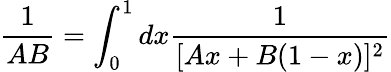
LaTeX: \frac{1}{AB}=\int_{0}^{1}dx\frac{1}{[Ax+B(1-x)]^{2}}